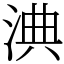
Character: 淟